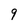
Character: 9